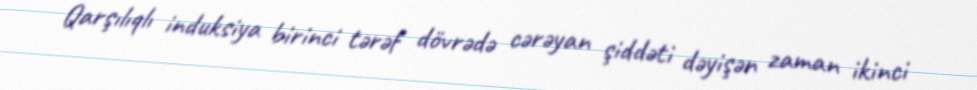
Qarşılıqlı induksiya birinci tərəf dövrədə cərəyan şiddəti dəyişən zaman ikinci